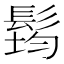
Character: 𲌜